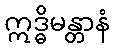
ဣဒ္ဓိမန္တာနံ